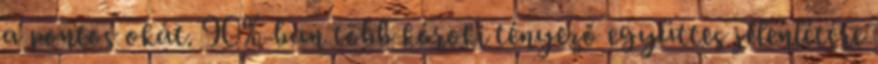
a pontos okát. 90%-ban több kóroki tényező együttes jelenlétére